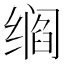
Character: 𬙁